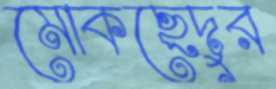
মোকছেদুর